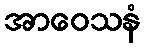
အာဝေသနံ